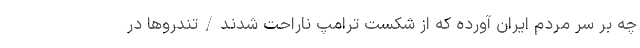
چه بر سر مردم ایران آورده که از شکست ترامپ ناراحت شدند/تندروها در